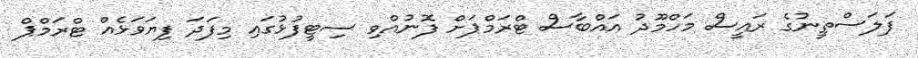
ފަލަސްތީނުގެ ރައީސް މަހްމޫދު އައްބާސް ޓްރަމްޕަށް ފޮނުއްވި ސިޓީފުޅުގައި މިފަދަ ފިޔަވަޅެއް ޓްރަމްޕް